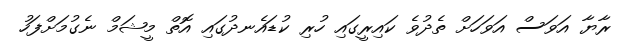
ރާޔާ އަވަސް އަވަހަށް ތެދުވެ ކައިރީގައި ހުރި ކުޑައެނދުގައި އޮތް މީޝަމް ނެގުމަށްފަހު